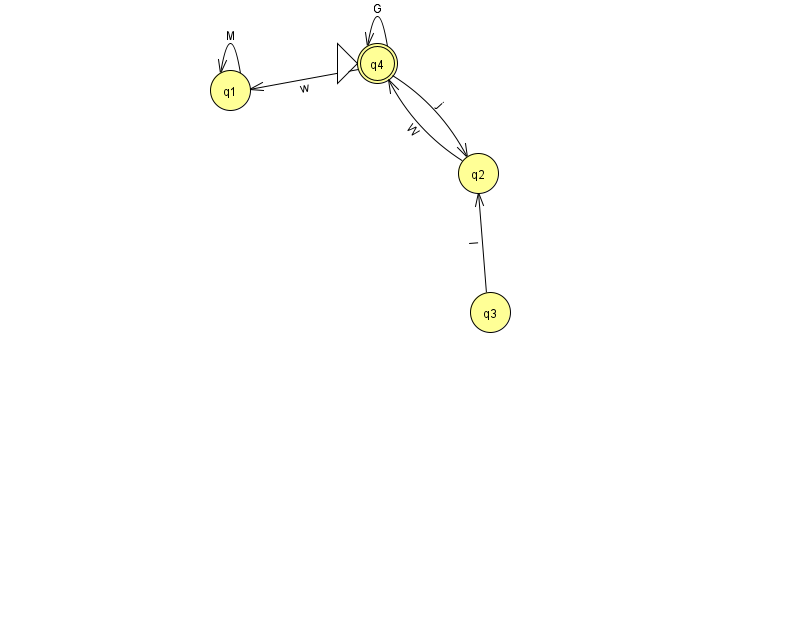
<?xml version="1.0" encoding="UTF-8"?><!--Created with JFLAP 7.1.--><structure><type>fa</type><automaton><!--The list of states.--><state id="1" name="q1"><x>230.0</x><y>77.0</y></state><state id="2" name="q2"><x>478.0</x><y>160.0</y></state><state id="3" name="q3"><x>490.0</x><y>299.0</y></state><state id="4" name="q4"><x>377.0</x><y>50.0</y><initial/><final/></state><!--The list of transitions.--><transition><from>3</from><to>2</to><read>I</read></transition><transition><from>4</from><to>2</to><read>j</read></transition><transition><from>4</from><to>4</to><read>G</read></transition><transition><from>1</from><to>1</to><read>M</read></transition><transition><from>2</from><to>4</to><read>W</read></transition><transition><from>4</from><to>1</to><read>w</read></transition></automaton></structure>